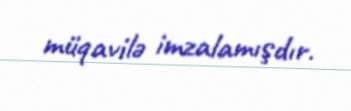
müqavilə imzalamışdır.